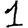
Digit: 1